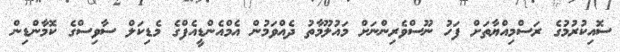
ސޮއިކުރުމުގެ ރަސްމިއްޔާތަށް ފަހު ނޫސްވެރިންނަށް މައުލޫމާތު ދެއްވަމުން އެމްއެންޑީއެފްގެ މެޑިކަލް ސާވިސްގެ ކޮމާންޑިން